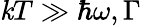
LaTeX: \mathit{k}T\gg\hbar\omega,\Gamma